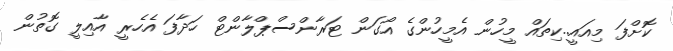
ކޮށްފަ މިއައީ..ކިތައް މީހުން އެމީހުންގެ އޯގަން ޓަރާންސްޕްލާންޓް ހަދާފަ އެހެރީ އާއިލީ ގޮތުން